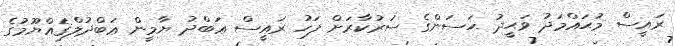
ރައީސް މުޙައްމަދު ވަޙީދު ޙަސަންގެ ސަރުކާރަށް ފަހު ރައީސް ޢަބްދު ޔާމީން ޢަބްދުލްޤައްޔޫމުގެ